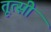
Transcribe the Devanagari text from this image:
तूत्सी